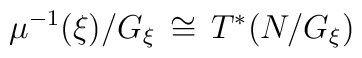
\mu^{-1}(\xi)/G_\xi\,\cong \,T^*(N/G_\xi)